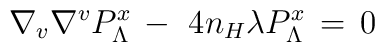
\nabla_v \nabla^v P^x_\Lambda \,-\ 4n_H \lambda P^x_\Lambda \,=\,0